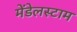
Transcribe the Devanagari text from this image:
मेंडेलस्टाम